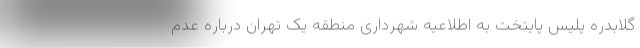
گلابدره پلیس پایتخت به اطلاعیه شهرداری منطقه یک تهران درباره عدم